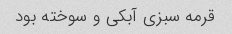
قرمه سبزی آبکی و سوخته بود